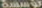
تؤسسة